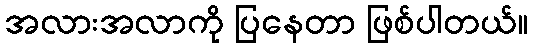
အလားအလာကို ပြနေတာ ဖြစ်ပါတယ်။